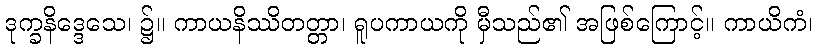
ဒုက္ခနိဒ္ဒေသေ၊ ၌။ ကာယနိဿိတတ္တာ၊ ရူပကာယကို မှီသည်၏ အဖြစ်ကြောင့်။ ကာယိကံ၊